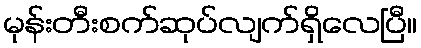
မုန်းတီးစက်ဆုပ်လျက်ရှိလေပြီ။